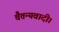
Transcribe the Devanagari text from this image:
चैतन्यवादी।